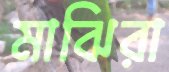
মাঝিরা